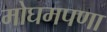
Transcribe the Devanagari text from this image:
मोघमपणा